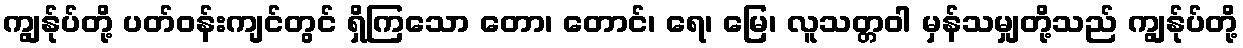
ကျွန်ုပ်တို့ ပတ်ဝန်းကျင်တွင် ရှိကြသော တော၊ တောင်၊ ရေ၊ မြေ၊ လူသတ္တဝါ မှန်သမျှတို့သည် ကျွန်ုပ်တို့